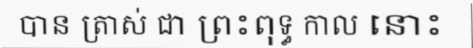
បាន ត្រាស់ ជា ព្រះពុទ្ធ កាល នោះ